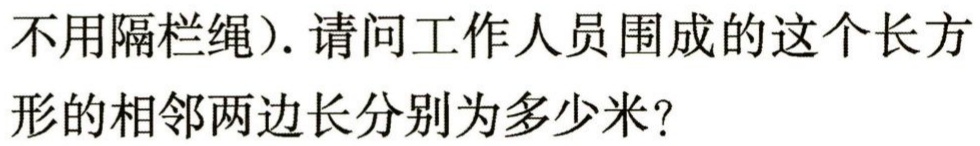
不用隔栏绳）. 请问工作人员围成的这个长方
形的相邻两边长分别为多少米？